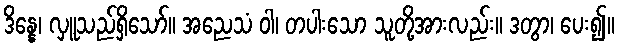
ဒိန္နေ၊ လှူသည်ရှိသော်။ အညေသံ ဝါ၊ တပါးသော သူတို့အားလည်း။ ဒတွာ၊ ပေး၍။